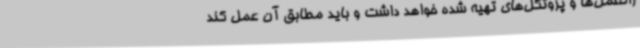
رالعمل‌ها و پروتکل‌های تهیه شده خواهد داشت و باید مطابق آن عمل کند